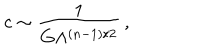
c \sim { \frac { 1 } { G \Lambda ^ { ( n - 1 ) / 2 } } } \, ,